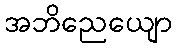
အဘိညေယျော